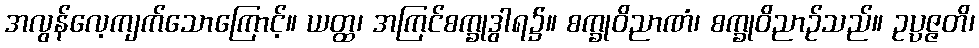
အလွန်လေ့ကျက်သောကြောင့်။ ယတ္ထ၊ အကြင်စက္ခုဒွါရ၌။ စက္ခုဝိညာဏံ၊ စက္ခုဝိညာဉ်သည်။ ဥပ္ပဇ္ဇတိ၊